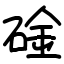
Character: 碒